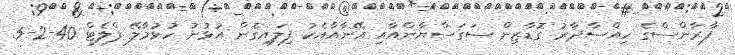
ފާރާންސްގެ ހިއްސާދާރު ގޮޑާޒިން ސަގަސްޔާންއާއި އޭނާއާއެކު ފިލައިގެން އުޅުނު ހުޅުމާލޭ ފްލެޓް 40-2-5